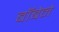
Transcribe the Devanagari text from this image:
बॉबेने